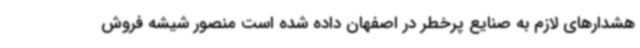
هشدارهای لازم به صنایع پرخطر در اصفهان داده شده است منصور شیشه فروش